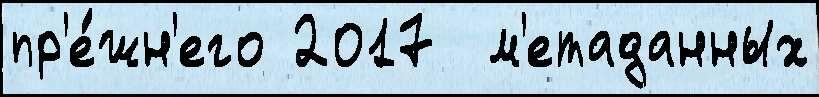
пр'е́жн'его 2017  м'етаданных